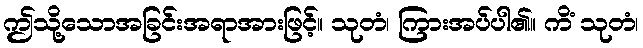
ဤသို့သောအခြင်းအရာအားဖြင့်။ သုတံ၊ ကြားအပ်ပါ၏။ ကိံ သုတံ၊